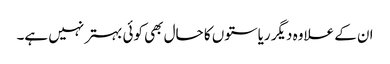
ان کے علاوہ دیگر ریاستوں کا حال بھی کوئی بہتر نہیں ہے۔